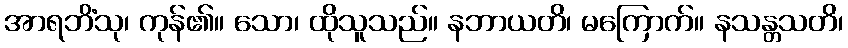
အာရဘိံသု၊ ကုန်၏။ သော၊ ထိုသူသည်။ နဘာယတိ၊ မကြောက်။ နသန္တသတိ၊